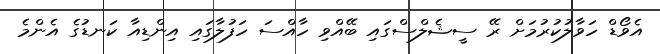
އެވޯޑް ހަވާލުކުރުމަށް ރޭ ސީޝެލްސްގައި ބޭއްވި ހާއްސަ ހަފުލާގައި އިންޑިއާ ކަނޑުގެ އެންމެ